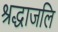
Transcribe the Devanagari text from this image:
श्रद्धाजलि